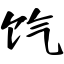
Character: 饩